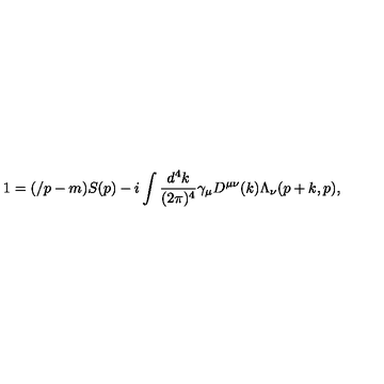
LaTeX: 1 = ( \slash p - m ) S ( p ) - i \int \frac { d ^ { 4 } k } { ( 2 \pi ) ^ { 4 } } \gamma _ { \mu } D ^ { \mu \nu } ( k ) \Lambda _ { \nu } ( p + k , p ) ,